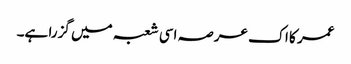
عمر کا اک عرصہ اسی شعبہ میں گزرا ہے۔